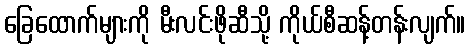
ခြေထောက်များကို မီးလင်းဖိုဆီသို့ ကိုယ်စီဆန့်တန်းလျက်။